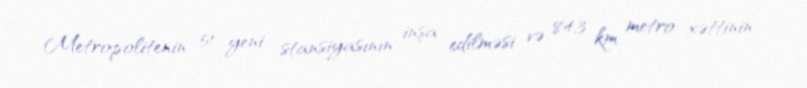
Metropolitenin 51 yeni stansiyasının inşa edilməsi və 84,3 km metro xəttinin